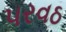
પરવઠ